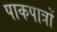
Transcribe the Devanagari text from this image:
पाकपात्रों